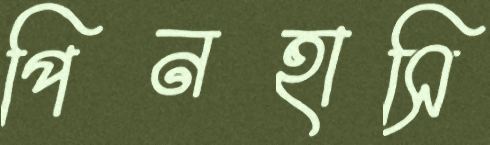
পিনহাসি